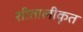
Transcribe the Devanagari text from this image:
शीतालीकृत